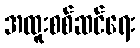
အထူးစစ်ဆင်ရေး